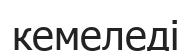
кемеледі